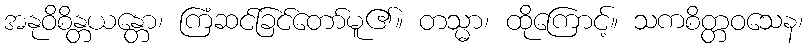
အနုဝိစိန္တယန္တော၊ ကြံဆင်ခြင်တော်မူ၏။ တသ္မာ၊ ထိုကြောင့်။ သကစိတ္တဝသေန၊